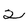
Character: 2